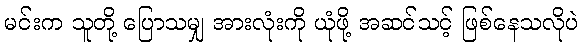
မင်းက သူတို့ ပြောသမျှ အားလုံးကို ယုံဖို့ အဆင်သင့် ဖြစ်နေသလိုပဲ